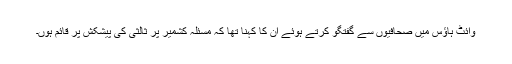
وائٹ ہاؤس میں صحافیوں سے گفتگو کرتے ہوئے ان کا کہنا تھا کہ مسئلہ کشمیر پر ثالثی کی پیشکش پر قائم ہوں۔